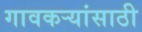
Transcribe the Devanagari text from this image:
गावकऱ्यांसाठी